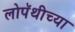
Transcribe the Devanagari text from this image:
लोपॅथीच्या